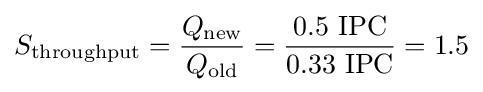
S_{\text{throughput}}={\frac {Q_{\text{new}}}{Q_{\text{old}}}}={\frac {0.5~{\text{IPC}}}{0.33~{\text{IPC}}}}=1.5